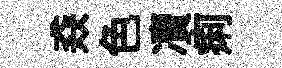
猋色凟痢